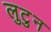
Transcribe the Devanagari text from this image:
लुटुन